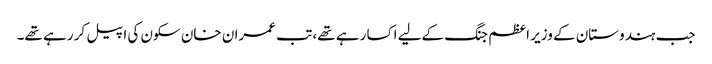
جب ہندوستان کے وزیر اعظم جنگ کےلیے اکسا رہے تھے، تب عمران خان سکون کی اپیل کر رہے تھے۔